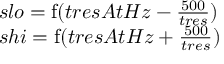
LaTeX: \begin{array} { l c l } { s l o = \operatorname { f } ( t r e s A t H z - { \frac { 5 0 0 } { t r e s } } ) } \\ { s h i = \operatorname { f } ( t r e s A t H z + { \frac { 5 0 0 } { t r e s } } ) } \end{array}